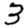
Digit: 3